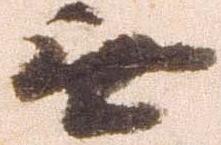
無